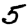
Digit: 5